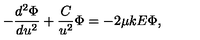
- \frac { d ^ { 2 } \Phi } { d u ^ { 2 } } + \frac { C } { u ^ { 2 } } \Phi = - 2 \mu k E \Phi ,